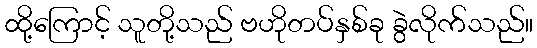
ထို့ကြောင့် သူတို့သည် ဗဟိုတပ်နှစ်ခု ခွဲလိုက်သည်။